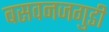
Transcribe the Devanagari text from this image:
बसवनजगुडी